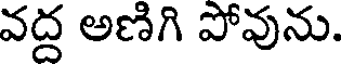
వద్ద అణిగి పోవును.